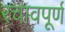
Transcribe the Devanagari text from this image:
रचावपूर्ण